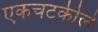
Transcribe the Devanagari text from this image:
एकचटकीले